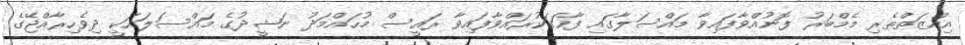
އިއްޒަތްތެރި މެމްބަރު ފޮނުއްވާފައިވާ މައްސަލާގައި ފާހަގަކުރައްވާފައިވާ ރައީސް މުހައްމަދު ނަޝީދުގެ މައްސަލައަކީ ދިވެހިރާއްޖޭގެ